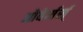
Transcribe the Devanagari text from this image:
ओवेर्मर्स्